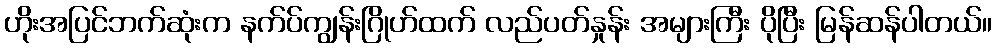
ဟိုးအပြင်ဘက်ဆုံးက နက်ပ်ကျွန်းဂြိုဟ်ထက် လည်ပတ်နှုန်း အများကြီး ပိုပြီး မြန်ဆန်ပါတယ်။